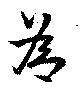
為